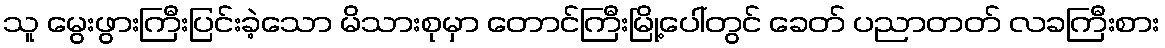
သူ မွေးဖွားကြီးပြင်းခဲ့သော မိသားစုမှာ တောင်ကြီးမြို့ပေါ်တွင် ခေတ် ပညာတတ် လခကြီးစား